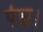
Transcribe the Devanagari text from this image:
पंख।